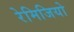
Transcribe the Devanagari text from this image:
रेमिजियो